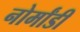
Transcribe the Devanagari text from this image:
नोर्मांडी